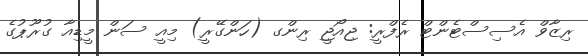
ރިޒާވް އެސިސްޓެންޓް ރެފްރީ: ޖިއޯޖީ ރިންގ (ހަންގޭރީ) މިއީ ސަން މީޑިއާ ގުރޫޕުގެ